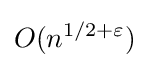
O(n^{1/2+\varepsilon })